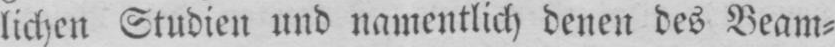
lichen Studien und namentlich denen des Beam⸗